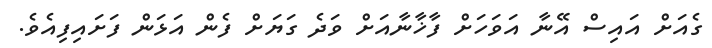
ގެއަށް އައިސް އޭނާ އަވަހަށް ފާޚާނާއަށް ވަދެ ގަޔަށް ފެން އަޅަން ފަށައިފިއެވެ.